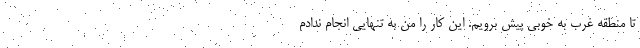
تا منطقه غرب به خوبی پیش برویم. این کار را من به تنهایی انجام ندادم